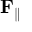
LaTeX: \mathbf { F } _ { \parallel }